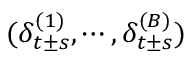
( \delta _ { t \pm s } ^ { ( 1 ) } , \cdots , \delta _ { t \pm s } ^ { ( B ) } )